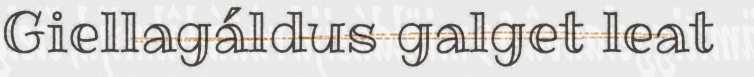
Giellagáldus galget leat